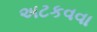
અટકવવા